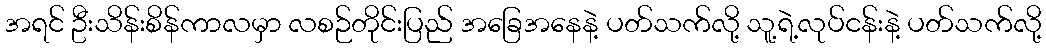
အရင် ဦးသိန်းစိန်ကာလမှာ လစဉ်တိုင်းပြည် အခြေအနေနဲ့ ပတ်သက်လို့ သူ့ရဲ့လုပ်ငန်းနဲ့ ပတ်သက်လို့